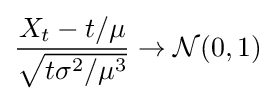
{\frac {X_{t}-t/\mu }{\sqrt {t\sigma ^{2}/\mu ^{3}}}}\to {\mathcal {N}}(0,1)